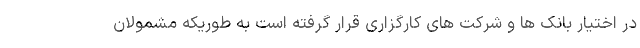
در اختیار بانک ها و شرکت های کارگزاری قرار گرفته است به طوریکه مشمولان